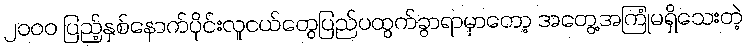
၂၀၀၀ ပြည့်နှစ်နောက်ပိုင်းလူငယ်တွေပြည်ပထွက်ခွာရာမှာတော့ အတွေ့အကြုံမရှိသေးတဲ့